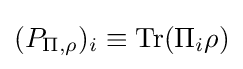
(P_{\Pi ,\rho })_{i}\equiv \operatorname {Tr} (\Pi _{i}\rho )